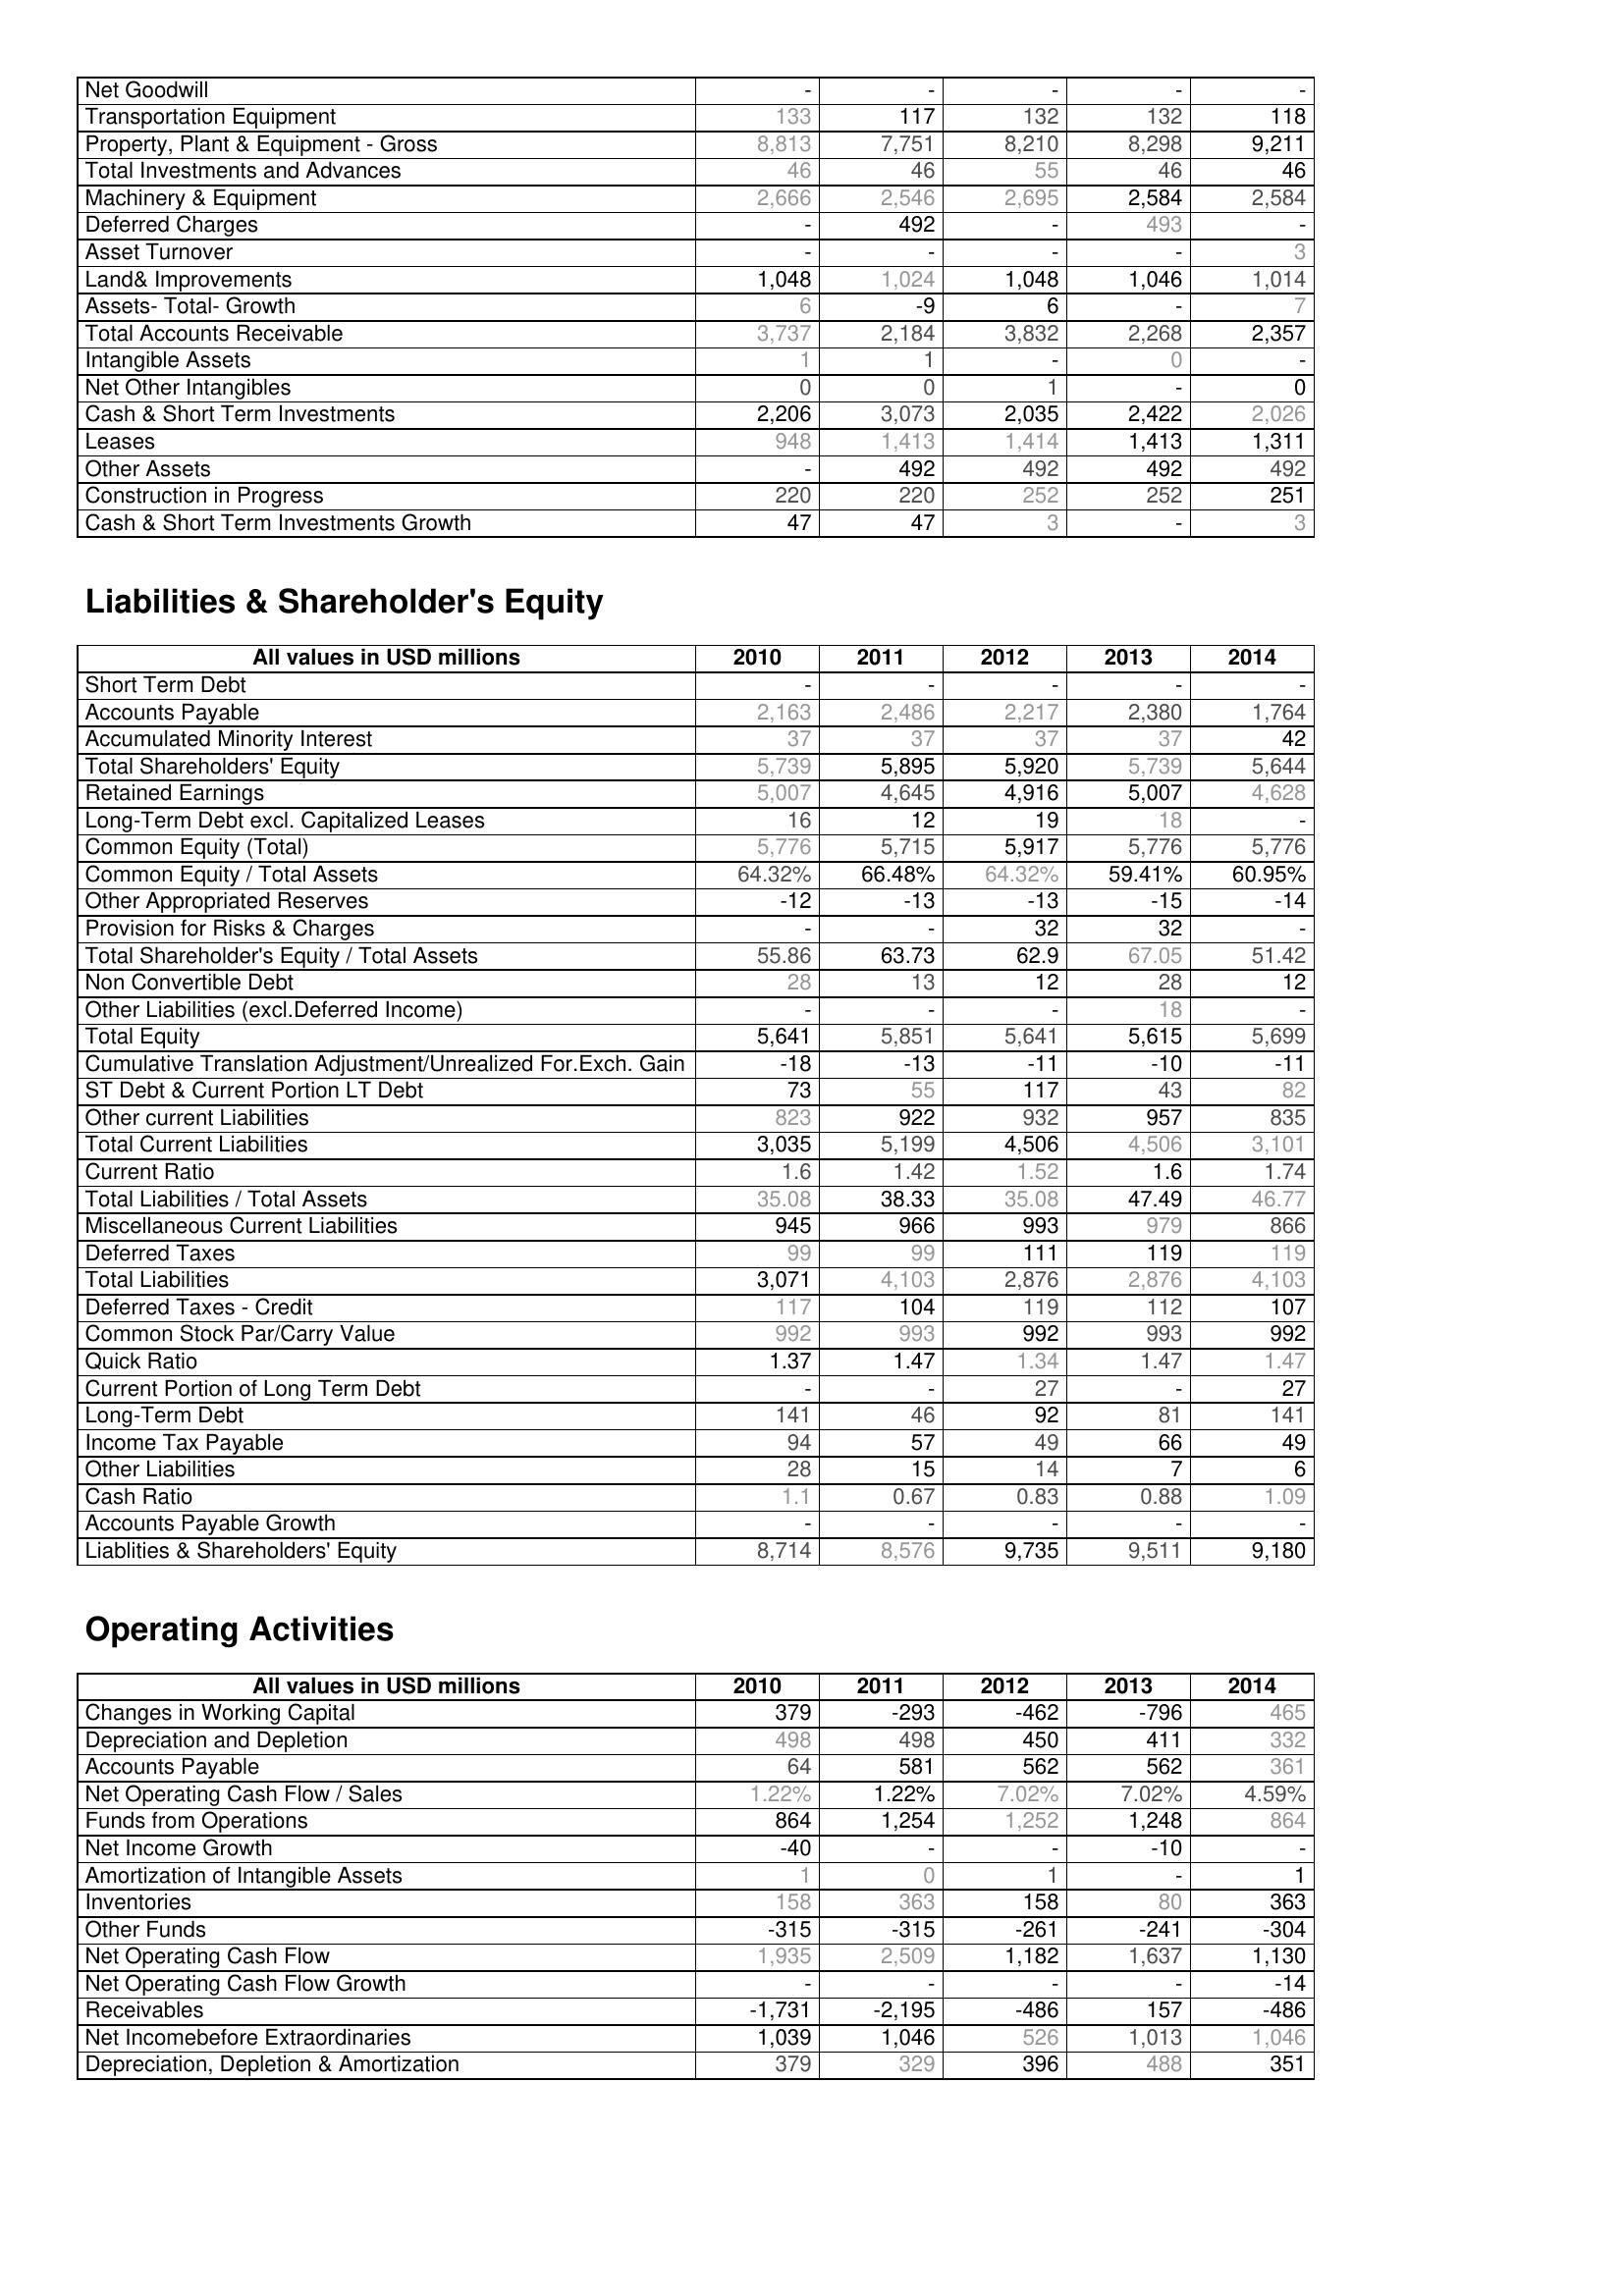
2010: Assets: Net Goodwill: -
Transportation Equipment: 133
Property, Plant & Equipment - Gross : 8,813
Total Investments and Advances: 46
Machinery & Equipment: 2,666
Deferred Charges: -
Asset Turnover: -
Land& Improvements: 1,048
Assets- Total- Growth: 6
Total Accounts Receivable: 3,737
Intangible Assets: 1
Net Other Intangibles: 0
Cash & Short Term Investments: 2,206
Leases: 948
Other Assets: -
Construction in Progress: 220
Cash & Short Term Investments Growth: 47
Liabilities & Shareholder's Equity: Short Term Debt: -
Accounts Payable: 2,163
Accumulated Minority Interest: 37
Total Shareholders' Equity: 5,739
Retained Earnings: 5,007
Long-Term Debt excl. Capitalized Leases: 16
Common Equity (Total): 5,776
Common Equity / Total Assets: 64.32%
Other Appropriated Reserves: -12
Provision for Risks & Charges: -
Total Shareholder's Equity / Total Assets: 55.86
Non Convertible Debt: 28
Other Liabilities (excl.Deferred Income): -
Total Equity: 5,641
Cumulative Translation Adjustment/Unrealized For.Exch. Gain: -18
ST Debt & Current Portion LT Debt: 73
Other current Liabilities: 823
Total Current Liabilities: 3,035
Current Ratio: 1.6
Total Liabilities / Total Assets: 35.08
Miscellaneous Current Liabilities: 945
Deferred Taxes: 99
Total Liabilities: 3,071
Deferred Taxes - Credit: 117
Common Stock Par/Carry Value: 992
Quick Ratio: 1.37
Current Portion of Long Term Debt: -
Long-Term Debt: 141
Income Tax Payable: 94
Other Liabilities: 28
Cash Ratio: 1.1
Accounts Payable Growth: -
Liablities & Shareholders' Equity: 8,714
Operating Activities: Changes in Working Capital: 379
Depreciation and Depletion: 498
Accounts Payable: 64
Net Operating Cash Flow / Sales: 1.22%
Funds from Operations: 864
Net Income Growth: -40
Amortization of Intangible Assets: 1
Inventories: 158
Other Funds: -315
Net Operating Cash Flow: 1,935
Net Operating Cash Flow Growth: -
Receivables: -1,731
Net Incomebefore Extraordinaries: 1,039
Depreciation, Depletion & Amortization: 379
2011: Assets: Net Goodwill: -
Transportation Equipment: 117
Property, Plant & Equipment - Gross : 7,751
Total Investments and Advances: 46
Machinery & Equipment: 2,546
Deferred Charges: 492
Asset Turnover: -
Land& Improvements: 1,024
Assets- Total- Growth: -9
Total Accounts Receivable: 2,184
Intangible Assets: 1
Net Other Intangibles: 0
Cash & Short Term Investments: 3,073
Leases: 1,413
Other Assets: 492
Construction in Progress: 220
Cash & Short Term Investments Growth: 47
Liabilities & Shareholder's Equity: Short Term Debt: -
Accounts Payable: 2,486
Accumulated Minority Interest: 37
Total Shareholders' Equity: 5,895
Retained Earnings: 4,645
Long-Term Debt excl. Capitalized Leases: 12
Common Equity (Total): 5,715
Common Equity / Total Assets: 66.48%
Other Appropriated Reserves: -13
Provision for Risks & Charges: -
Total Shareholder's Equity / Total Assets: 63.73
Non Convertible Debt: 13
Other Liabilities (excl.Deferred Income): -
Total Equity: 5,851
Cumulative Translation Adjustment/Unrealized For.Exch. Gain: -13
ST Debt & Current Portion LT Debt: 55
Other current Liabilities: 922
Total Current Liabilities: 5,199
Current Ratio: 1.42
Total Liabilities / Total Assets: 38.33
Miscellaneous Current Liabilities: 966
Deferred Taxes: 99
Total Liabilities: 4,103
Deferred Taxes - Credit: 104
Common Stock Par/Carry Value: 993
Quick Ratio: 1.47
Current Portion of Long Term Debt: -
Long-Term Debt: 46
Income Tax Payable: 57
Other Liabilities: 15
Cash Ratio: 0.67
Accounts Payable Growth: -
Liablities & Shareholders' Equity: 8,576
Operating Activities: Changes in Working Capital: -293
Depreciation and Depletion: 498
Accounts Payable: 581
Net Operating Cash Flow / Sales: 1.22%
Funds from Operations: 1,254
Net Income Growth: -
Amortization of Intangible Assets: 0
Inventories: 363
Other Funds: -315
Net Operating Cash Flow: 2,509
Net Operating Cash Flow Growth: -
Receivables: -2,195
Net Incomebefore Extraordinaries: 1,046
Depreciation, Depletion & Amortization: 329
2012: Assets: Net Goodwill: -
Transportation Equipment: 132
Property, Plant & Equipment - Gross : 8,210
Total Investments and Advances: 55
Machinery & Equipment: 2,695
Deferred Charges: -
Asset Turnover: -
Land& Improvements: 1,048
Assets- Total- Growth: 6
Total Accounts Receivable: 3,832
Intangible Assets: -
Net Other Intangibles: 1
Cash & Short Term Investments: 2,035
Leases: 1,414
Other Assets: 492
Construction in Progress: 252
Cash & Short Term Investments Growth: 3
Liabilities & Shareholder's Equity: Short Term Debt: -
Accounts Payable: 2,217
Accumulated Minority Interest: 37
Total Shareholders' Equity: 5,920
Retained Earnings: 4,916
Long-Term Debt excl. Capitalized Leases: 19
Common Equity (Total): 5,917
Common Equity / Total Assets: 64.32%
Other Appropriated Reserves: -13
Provision for Risks & Charges: 32
Total Shareholder's Equity / Total Assets: 62.9
Non Convertible Debt: 12
Other Liabilities (excl.Deferred Income): -
Total Equity: 5,641
Cumulative Translation Adjustment/Unrealized For.Exch. Gain: -11
ST Debt & Current Portion LT Debt: 117
Other current Liabilities: 932
Total Current Liabilities: 4,506
Current Ratio: 1.52
Total Liabilities / Total Assets: 35.08
Miscellaneous Current Liabilities: 993
Deferred Taxes: 111
Total Liabilities: 2,876
Deferred Taxes - Credit: 119
Common Stock Par/Carry Value: 992
Quick Ratio: 1.34
Current Portion of Long Term Debt: 27
Long-Term Debt: 92
Income Tax Payable: 49
Other Liabilities: 14
Cash Ratio: 0.83
Accounts Payable Growth: -
Liablities & Shareholders' Equity: 9,735
Operating Activities: Changes in Working Capital: -462
Depreciation and Depletion: 450
Accounts Payable: 562
Net Operating Cash Flow / Sales: 7.02%
Funds from Operations: 1,252
Net Income Growth: -
Amortization of Intangible Assets: 1
Inventories: 158
Other Funds: -261
Net Operating Cash Flow: 1,182
Net Operating Cash Flow Growth: -
Receivables: -486
Net Incomebefore Extraordinaries: 526
Depreciation, Depletion & Amortization: 396
2013: Assets: Net Goodwill: -
Transportation Equipment: 132
Property, Plant & Equipment - Gross : 8,298
Total Investments and Advances: 46
Machinery & Equipment: 2,584
Deferred Charges: 493
Asset Turnover: -
Land& Improvements: 1,046
Assets- Total- Growth: -
Total Accounts Receivable: 2,268
Intangible Assets: 0
Net Other Intangibles: -
Cash & Short Term Investments: 2,422
Leases: 1,413
Other Assets: 492
Construction in Progress: 252
Cash & Short Term Investments Growth: -
Liabilities & Shareholder's Equity: Short Term Debt: -
Accounts Payable: 2,380
Accumulated Minority Interest: 37
Total Shareholders' Equity: 5,739
Retained Earnings: 5,007
Long-Term Debt excl. Capitalized Leases: 18
Common Equity (Total): 5,776
Common Equity / Total Assets: 59.41%
Other Appropriated Reserves: -15
Provision for Risks & Charges: 32
Total Shareholder's Equity / Total Assets: 67.05
Non Convertible Debt: 28
Other Liabilities (excl.Deferred Income): 18
Total Equity: 5,615
Cumulative Translation Adjustment/Unrealized For.Exch. Gain: -10
ST Debt & Current Portion LT Debt: 43
Other current Liabilities: 957
Total Current Liabilities: 4,506
Current Ratio: 1.6
Total Liabilities / Total Assets: 47.49
Miscellaneous Current Liabilities: 979
Deferred Taxes: 119
Total Liabilities: 2,876
Deferred Taxes - Credit: 112
Common Stock Par/Carry Value: 993
Quick Ratio: 1.47
Current Portion of Long Term Debt: -
Long-Term Debt: 81
Income Tax Payable: 66
Other Liabilities: 7
Cash Ratio: 0.88
Accounts Payable Growth: -
Liablities & Shareholders' Equity: 9,511
Operating Activities: Changes in Working Capital: -796
Depreciation and Depletion: 411
Accounts Payable: 562
Net Operating Cash Flow / Sales: 7.02%
Funds from Operations: 1,248
Net Income Growth: -10
Amortization of Intangible Assets: -
Inventories: 80
Other Funds: -241
Net Operating Cash Flow: 1,637
Net Operating Cash Flow Growth: -
Receivables: 157
Net Incomebefore Extraordinaries: 1,013
Depreciation, Depletion & Amortization: 488
2014: Assets: Net Goodwill: -
Transportation Equipment: 118
Property, Plant & Equipment - Gross : 9,211
Total Investments and Advances: 46
Machinery & Equipment: 2,584
Deferred Charges: -
Asset Turnover: 3
Land& Improvements: 1,014
Assets- Total- Growth: 7
Total Accounts Receivable: 2,357
Intangible Assets: -
Net Other Intangibles: 0
Cash & Short Term Investments: 2,026
Leases: 1,311
Other Assets: 492
Construction in Progress: 251
Cash & Short Term Investments Growth: 3
Liabilities & Shareholder's Equity: Short Term Debt: -
Accounts Payable: 1,764
Accumulated Minority Interest: 42
Total Shareholders' Equity: 5,644
Retained Earnings: 4,628
Long-Term Debt excl. Capitalized Leases: -
Common Equity (Total): 5,776
Common Equity / Total Assets: 60.95%
Other Appropriated Reserves: -14
Provision for Risks & Charges: -
Total Shareholder's Equity / Total Assets: 51.42
Non Convertible Debt: 12
Other Liabilities (excl.Deferred Income): -
Total Equity: 5,699
Cumulative Translation Adjustment/Unrealized For.Exch. Gain: -11
ST Debt & Current Portion LT Debt: 82
Other current Liabilities: 835
Total Current Liabilities: 3,101
Current Ratio: 1.74
Total Liabilities / Total Assets: 46.77
Miscellaneous Current Liabilities: 866
Deferred Taxes: 119
Total Liabilities: 4,103
Deferred Taxes - Credit: 107
Common Stock Par/Carry Value: 992
Quick Ratio: 1.47
Current Portion of Long Term Debt: 27
Long-Term Debt: 141
Income Tax Payable: 49
Other Liabilities: 6
Cash Ratio: 1.09
Accounts Payable Growth: -
Liablities & Shareholders' Equity: 9,180
Operating Activities: Changes in Working Capital: 465
Depreciation and Depletion: 332
Accounts Payable: 361
Net Operating Cash Flow / Sales: 4.59%
Funds from Operations: 864
Net Income Growth: -
Amortization of Intangible Assets: 1
Inventories: 363
Other Funds: -304
Net Operating Cash Flow: 1,130
Net Operating Cash Flow Growth: -14
Receivables: -486
Net Incomebefore Extraordinaries: 1,046
Depreciation, Depletion & Amortization: 351